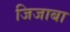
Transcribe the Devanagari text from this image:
जिजाबा